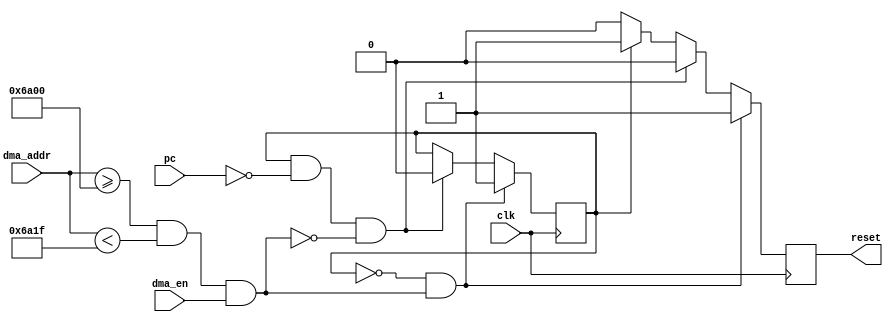

module  dma_AC (
    clk,
    pc,
    dma_addr,
    dma_en,

    reset,
);

input           clk;
input   [15:0]  pc;
input   [15:0]  dma_addr;
input           dma_en;
output          reset;

// MACROS ///////////////////////////////////////////
//parameter SMEM_BASE = 16'hE000;
//parameter SMEM_SIZE = 16'h1000;
//
parameter KMEM_BASE = 16'h6A00;
parameter KMEM_SIZE = 16'h001F;
/////////////////////////////////////////////////////



//parameter LAST_SMEM_ADDR = SMEM_BASE + SMEM_SIZE - 2;

parameter RESET_HANDLER = 16'h0000;
parameter RUN  = 1'b0, KILL = 1'b1;
//-------------Internal Variables---------------------------
reg             state;
reg             key_res;
//

initial
    begin
        state = KILL;
        key_res = 1'b1;
    end

wire invalid_access_key = (dma_addr >= KMEM_BASE && dma_addr < KMEM_BASE + KMEM_SIZE) && dma_en;

always @(posedge clk)
if( state == RUN && invalid_access_key) 
    state <= KILL;
else if (state == KILL && pc == RESET_HANDLER && !invalid_access_key)
    state <= RUN;
else state <= state;

always @(posedge clk)
if (state == RUN && invalid_access_key)
    key_res <= 1'b1;
else if (state == KILL && pc == RESET_HANDLER && !invalid_access_key)
    key_res <= 1'b0;
else if (state == KILL)
    key_res <= 1'b1;
else if (state == RUN)
    key_res <= 1'b0;
else key_res <= 1'b0;

assign reset = key_res;

endmodule